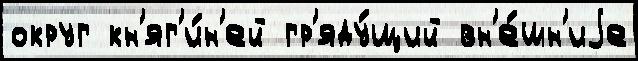
округ кн'яг'и́н'ей гр'яду́щий вн'е́шн'иjе